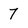
Character: 7